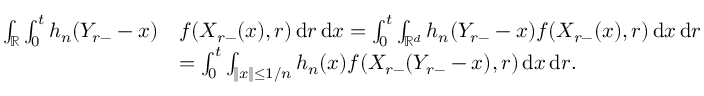
\begin{array} { r l } { \int _ { \mathbb { R } } \int _ { 0 } ^ { t } h _ { n } ( Y _ { r - } - x ) } & { f ( X _ { r - } ( x ) , r ) \, \mathrm { d } r \, \mathrm { d } x = \int _ { 0 } ^ { t } \int _ { \mathbb { R } ^ { d } } h _ { n } ( Y _ { r - } - x ) f ( X _ { r - } ( x ) , r ) \, \mathrm { d } x \, \mathrm { d } r } \\ & { = \int _ { 0 } ^ { t } \int _ { \| x \| \leq 1 / n } h _ { n } ( x ) f ( X _ { r - } ( Y _ { r - } - x ) , r ) \, \mathrm { d } x \, \mathrm { d } r . } \end{array}